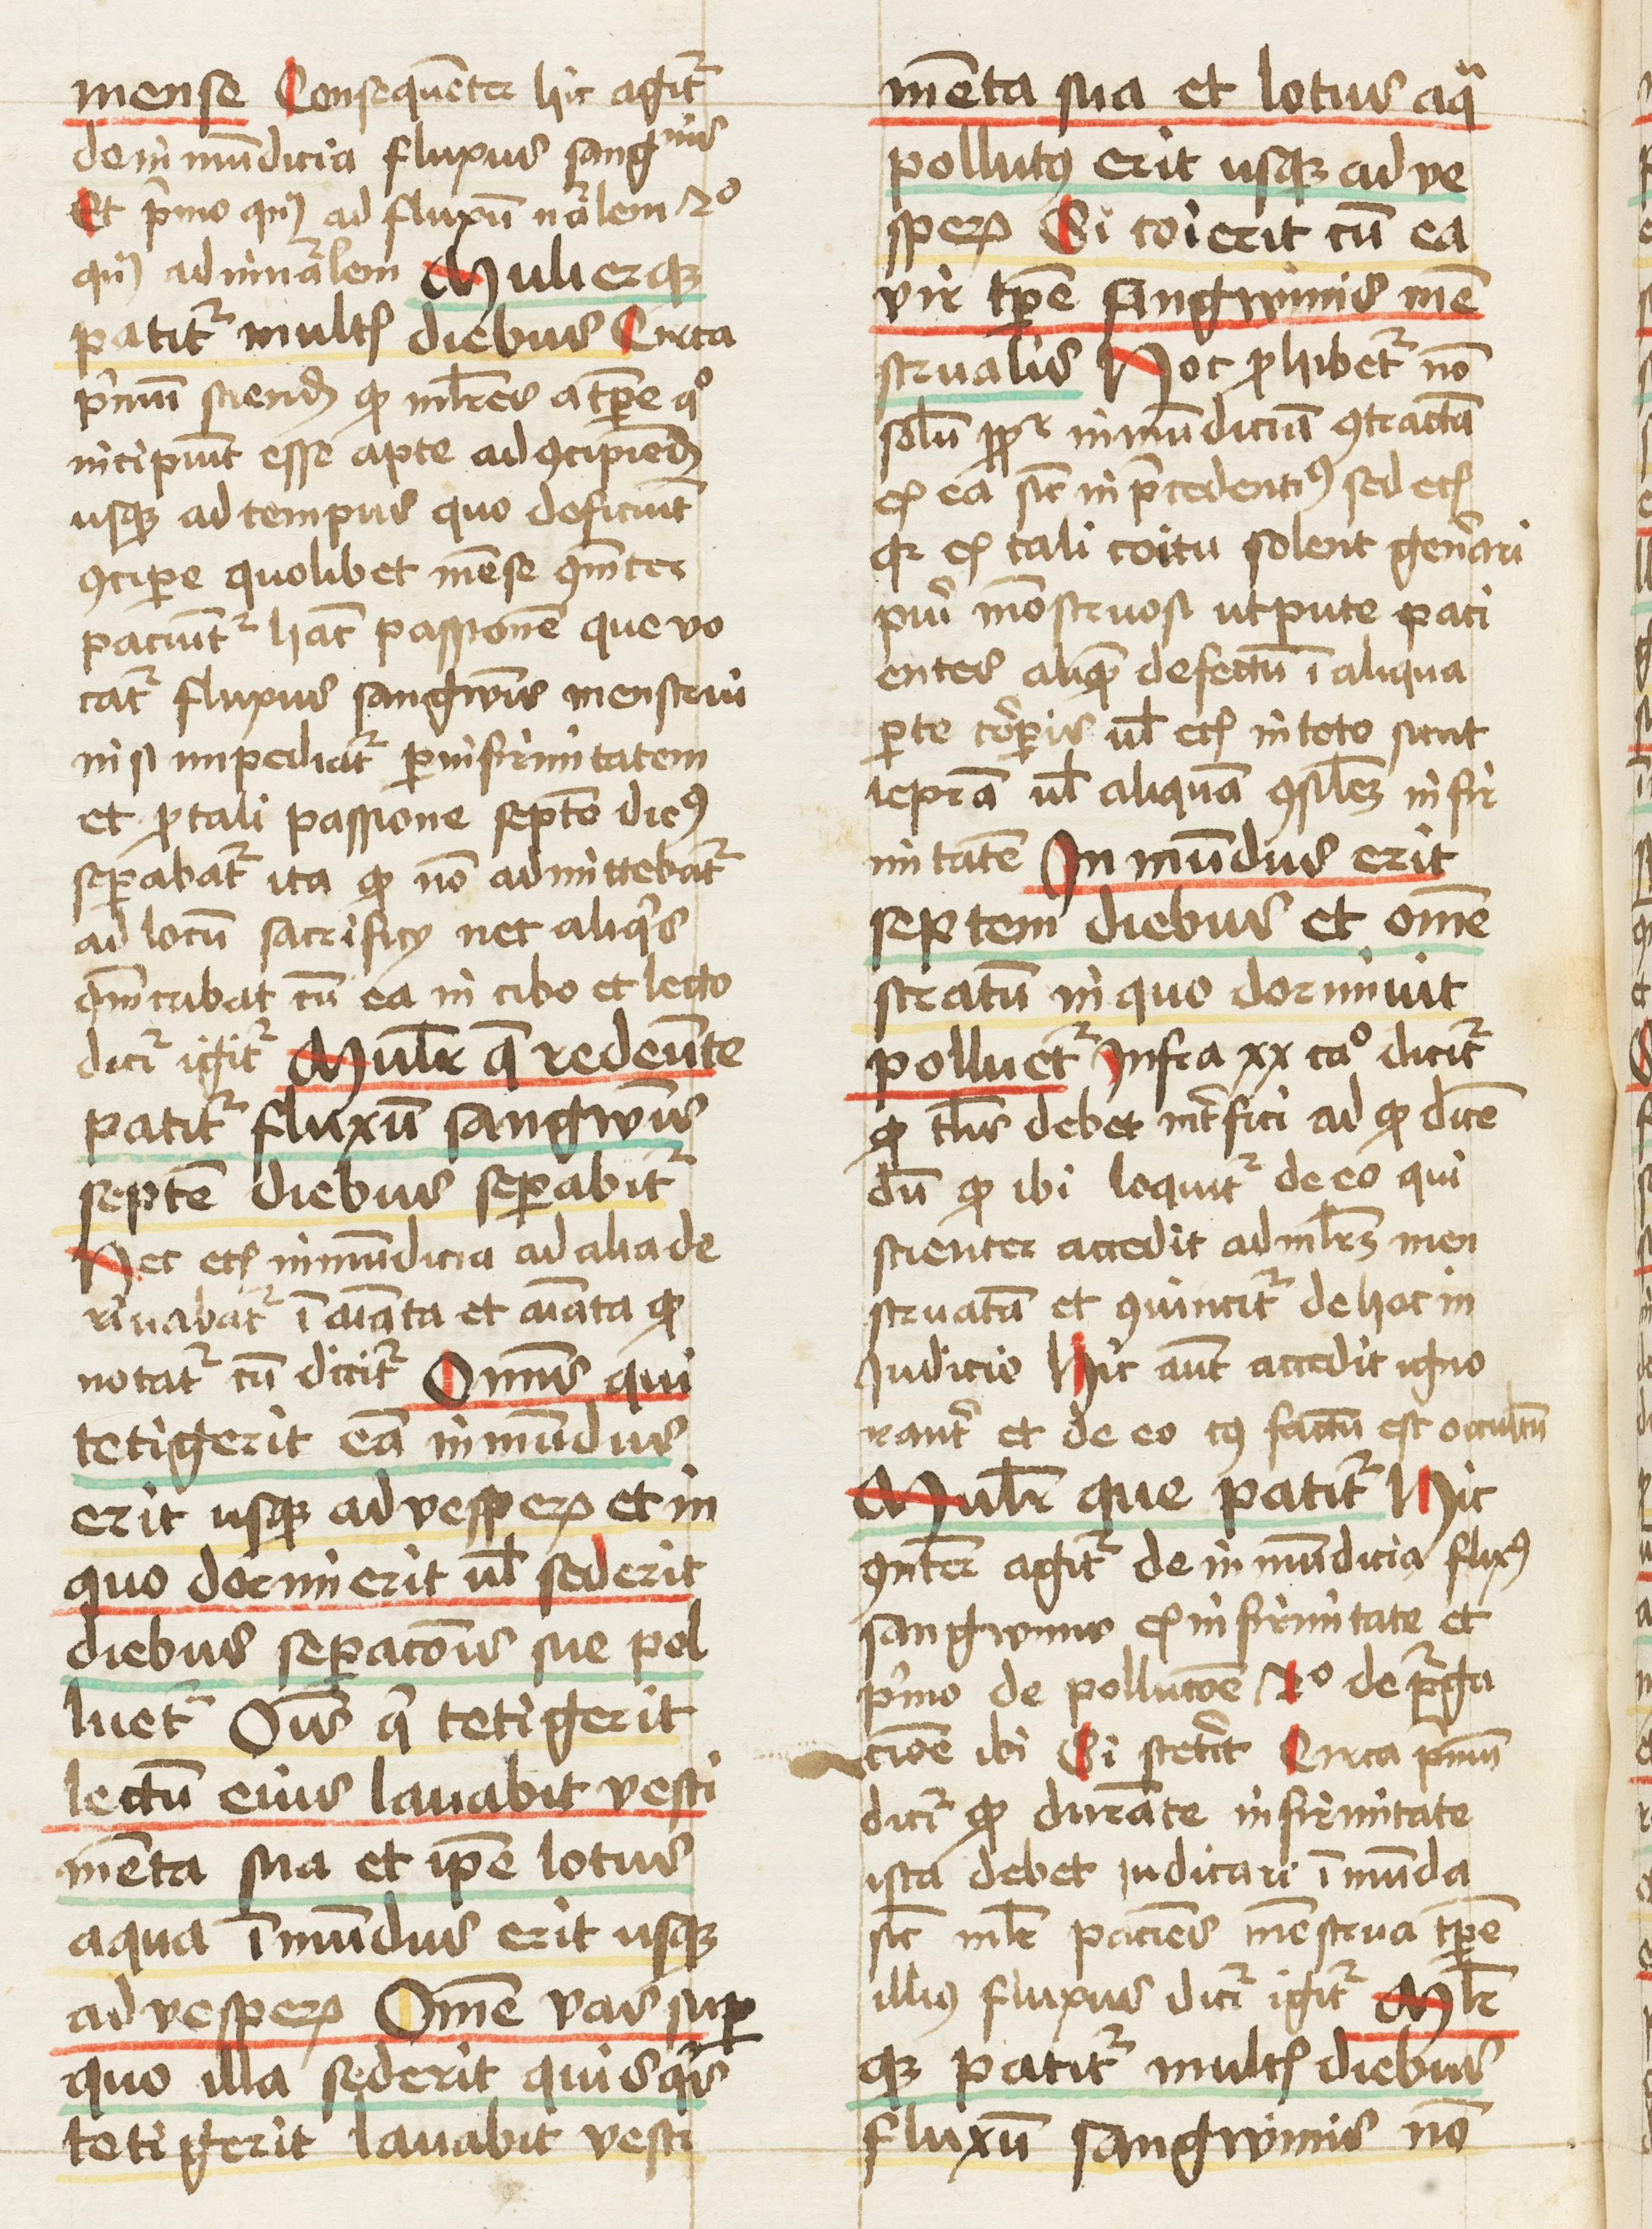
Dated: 1460–1461